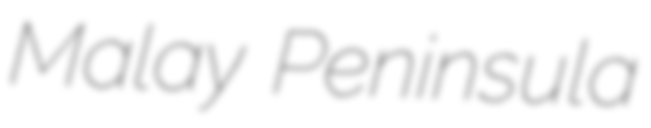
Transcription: Malay Peninsula